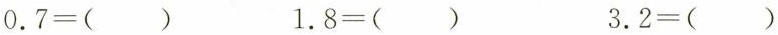
$$0.7=()$$ $$1.8=()$$ $$3.2=()$$